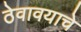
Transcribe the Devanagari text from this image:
ठेवावयाचे